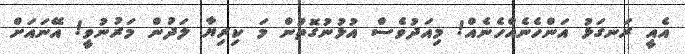
އެއީ ރަނގަޅު އަންހެނެއްހެނެއް! މިއަދުވެސް އުޅުނުގޮތުން މަ ކިރިޔާ ލަދުން މަރުނުވީ! އޭނައަށް